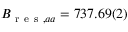
B _ { \mathrm { ~ r ~ e ~ s ~ } , a a } = 7 3 7 . 6 9 ( 2 )